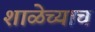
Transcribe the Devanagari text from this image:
शाळेच्याच